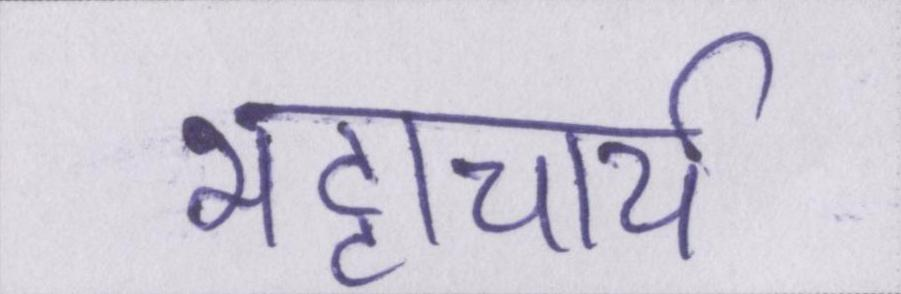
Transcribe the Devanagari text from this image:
भट्टाचार्य